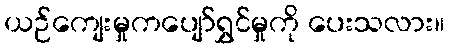
ယဉ်ကျေးမှုကပျော်ရွှင်မှုကို ပေးသလား။